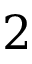
2